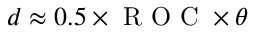
d \approx 0 . 5 \times \mathrm { ~ R ~ O ~ C ~ } \times \theta